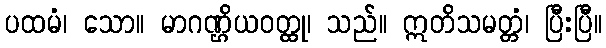
ပထမံ၊ သော။ မာဂဏ္ဌိယဝတ္ထု၊ သည်။ ဣတိသမတ္တံ၊ ပြီးပြီ။